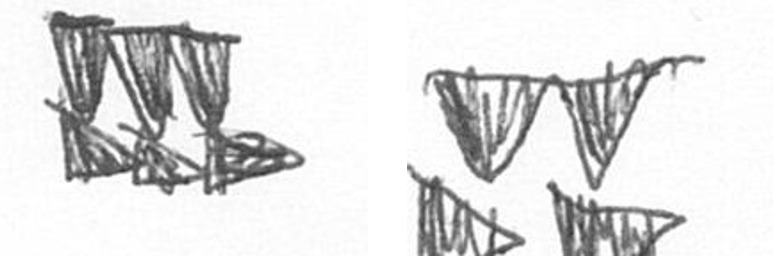
D B